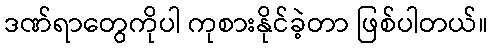
ဒဏ်ရာတွေကိုပါ ကုစားနိုင်ခဲ့တာ ဖြစ်ပါတယ်။